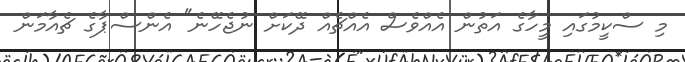
މި ސްކީމުގައި މީހާގެ އަތުން އެއްވެސް އެއްޗެއް ދޭކަށް ނުޖެހޭނެ" އެންސްޕާގެ ޗެއާމަން